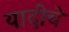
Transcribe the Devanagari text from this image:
यादीचे